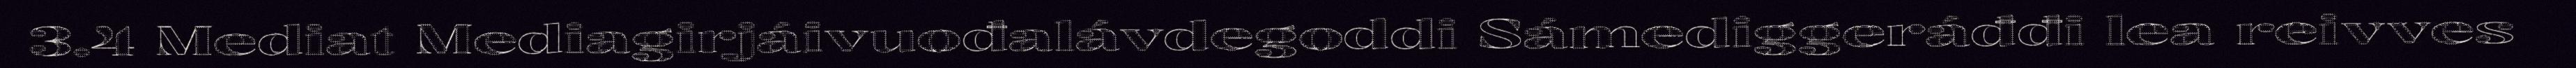
3.4 Mediat Mediagirjáivuođalávdegoddi Sámediggeráđđi lea reivves